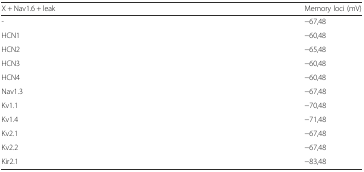
<table><thead><tr><td><b>X + Nav1.6 + leak</b></td><td><b>Memory loci (mV)</b></td></tr></thead><tbody><tr><td>-</td><td>−67,48</td></tr><tr><td>HCN1</td><td>−60,48</td></tr><tr><td>HCN2</td><td>−65,48</td></tr><tr><td>HCN3</td><td>−60,48</td></tr><tr><td>HCN4</td><td>−60,48</td></tr><tr><td>Nav1.3</td><td>−67,48</td></tr><tr><td>Kv1.1</td><td>−70,48</td></tr><tr><td>Kv1.4</td><td>−71,48</td></tr><tr><td>Kv2.1</td><td>−67,48</td></tr><tr><td>Kv2.2</td><td>−67,48</td></tr><tr><td>Kir2.1</td><td>−83,48</td></tr></tbody></table>